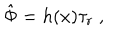
\hat { \Phi } = h ( x ) \tau _ { r } \ ,